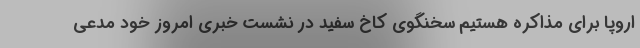
اروپا برای مذاکره هستیم سخنگوی کاخ سفید در نشست خبری امروز خود مدعی